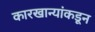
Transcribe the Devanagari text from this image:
कारखान्यांकडून